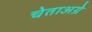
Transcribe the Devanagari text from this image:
चेताअग्रे